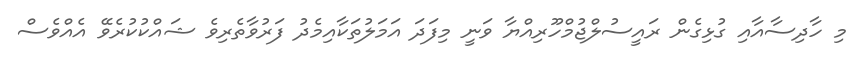
މި ހާދިސާއާއި ގުޅިގެން ރައީސުލްޖުމްހޫރިއްޔާ ވަނީ މިފަދަ އަމަލުތަކާއިމެދު ފަރުވާތެރިވެ ޝައްކުކުރެވޭ އެއްވެސް